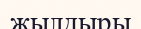
жылдыры